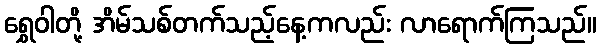
ရွှေဝါတို့ အိမ်သစ်တက်သည့်နေ့ကလည်း လာရောက်ကြသည်။